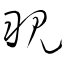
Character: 覗